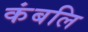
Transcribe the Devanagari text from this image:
कंबलि